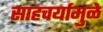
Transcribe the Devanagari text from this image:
साहचर्यामुळे